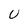
Character: U